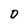
Character: D